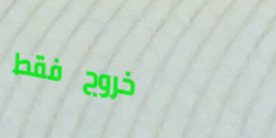
خروج فقط